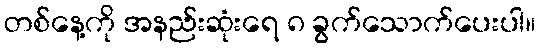
တစ်နေ့ကို အနည်းဆုံးရေ ၈ ခွက်သောက်ပေးပါ။